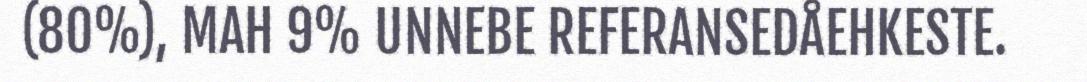
(80%), MAH 9% UNNEBE REFERANSEDÅEHKESTE.